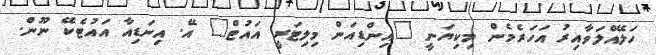
ހަލޭއްލަވާއިރު އަހަރެމެން މިކިޔަނީ "އިންޑިއަން މިލިޓަރީ އައުޓް" އޭ. އިނަޑިއާ އައުޓެކޭ ނޫން.